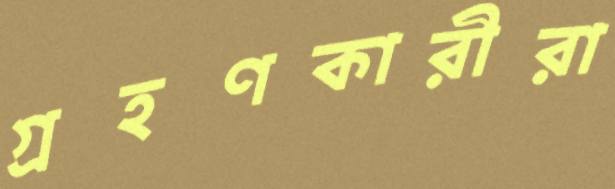
গ্রহণকারীরা